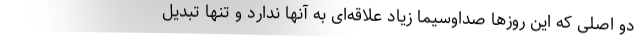
دو اصلی که این روزها صداوسیما زیاد علاقه‌ای به آنها ندارد و تنها تبدیل